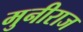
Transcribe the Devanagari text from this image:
मुनीराज